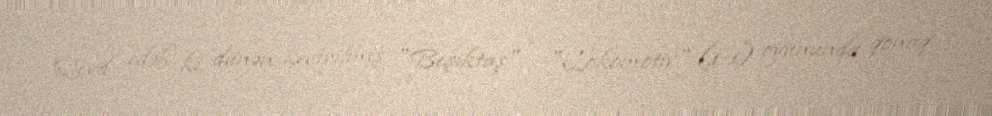
Qeyd edək ki, dünən keçirilmiş "Beşiktaş" - "Lokomotiv" (1:1) oyununda qonaq